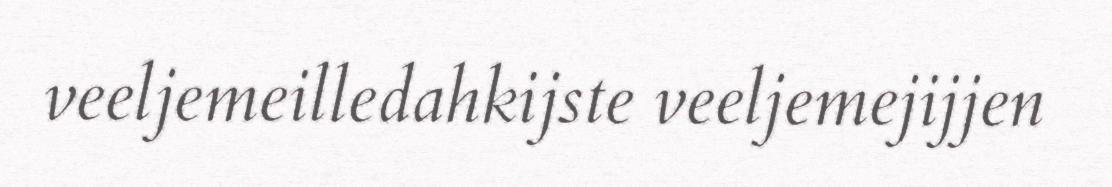
veeljemeilledahkijste veeljemejijjen